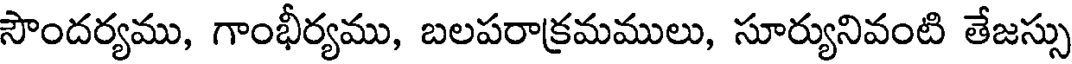
సౌందర్యము, గాంభీర్యము, బలపరాక్రమములు, సూర్యునివంటి తేజస్సు